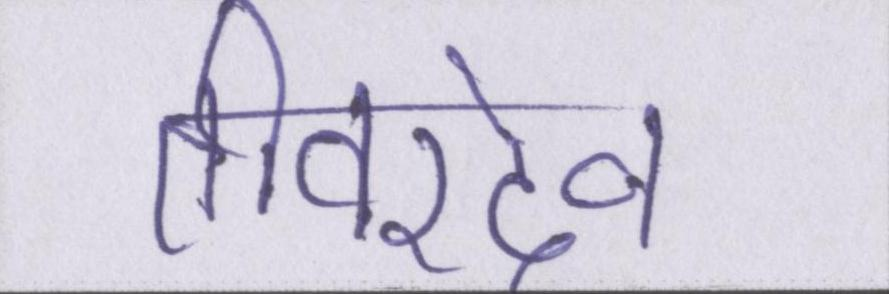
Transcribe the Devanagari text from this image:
तीवरदेव